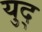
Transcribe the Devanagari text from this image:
युद्